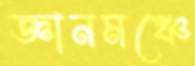
জ্ঞানমঞ্চে